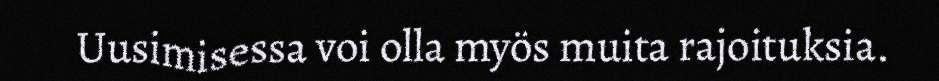
Uusimisessa voi olla myös muita rajoituksia.